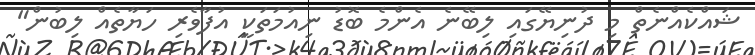
ޝައްކެއްނެތް މި ދުނިޔޭގައި ލިބޭނެ އެންމެ ބޮޑު ނިއުމަތަކީ އުފާވެރި ހަޔާތެއް ލިބުން"